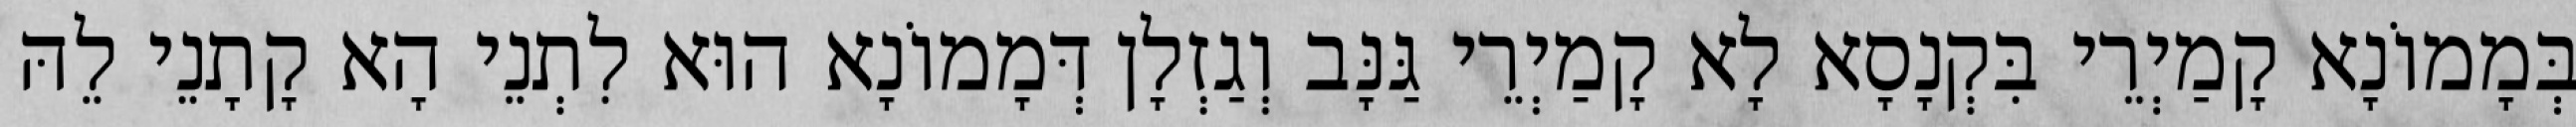
בְּמָמוֹנָא קָמַיְרֵי בִּקְנָסָא לָא קָמַיְרֵי גַּנָּב וְגַזְלָן דְּמָמוֹנָא הוּא לִתְנֵי הָא קָתָנֵי לֵהּ